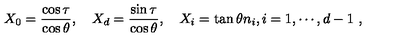
X _ { 0 } = { \frac { \cos \tau } { \cos \theta } } , \quad X _ { d } = { \frac { \sin \tau } { \cos \theta } } , \quad X _ { i } = \tan \theta n _ { i } , i = 1 , \cdots , d - 1 \ ,